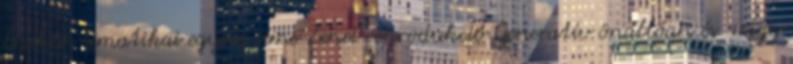
Éneklés Tematikai egység címe Zenei reprodukció Generatív önállóan és vagy